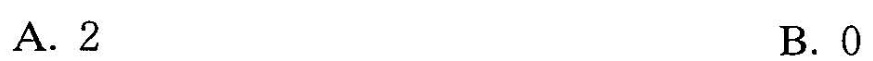
A. 2 B.0